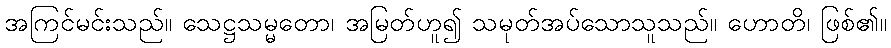
အကြင်မင်းသည်။ သေဋ္ဌသမ္မတော၊ အမြတ်ဟူ၍ သမုတ်အပ်သောသူသည်။ ဟောတိ၊ ဖြစ်၏။